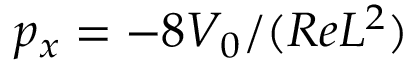
p _ { x } = - 8 V _ { 0 } / ( R e L ^ { 2 } )